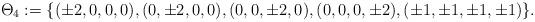
LaTeX: \begin{align*} \Theta_4 := \{(\pm 2, 0, 0, 0), (0, \pm 2, 0, 0), (0, 0, \pm 2, 0), (0, 0, 0, \pm 2), (\pm 1, \pm 1, \pm 1, \pm 1)\}.\end{align*}